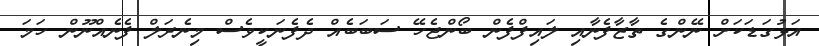
އަޅުގަޑަކަށް ނޭންގެ ތާޒާފެނާއި ލައިފްފެން ބޯންޖެހޭ ސަބަބެއް ދެފެނަކީވެސް މިނެރަލް ފެނެއްނޫން ހަމަ